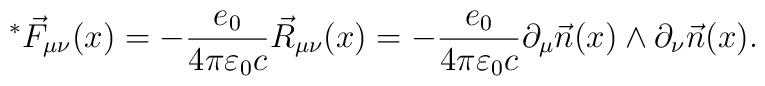
^*\vec{F}_{\mu\nu}(x)=-\frac{e_0}{4\pi \varepsilon_0 c}\vec{R}_{\mu\nu}(x)=-\frac{e_0}{4\pi \varepsilon_0 c}\partial_{\mu}\vec{n}(x)\wedge\partial_{\nu}\vec{n}(x).